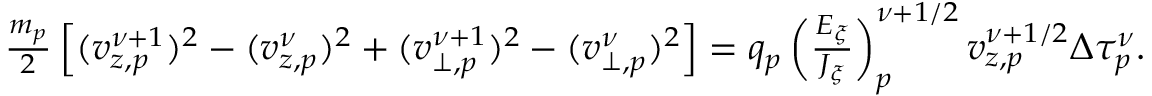
\begin{array} { r } { \frac { m _ { p } } { 2 } \left[ ( v _ { z , p } ^ { \nu + 1 } ) ^ { 2 } - ( v _ { z , p } ^ { \nu } ) ^ { 2 } + ( v _ { \perp , p } ^ { \nu + 1 } ) ^ { 2 } - ( v _ { \perp , p } ^ { \nu } ) ^ { 2 } \right] = q _ { p } \left( \frac { E _ { \xi } } { J _ { \xi } } \right) _ { p } ^ { \nu + 1 / 2 } v _ { z , p } ^ { \nu + 1 / 2 } { \Delta \tau _ { p } ^ { \nu } } . } \end{array}